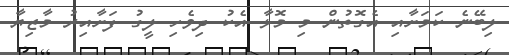
ލިބޭނެ ކަމަށާއި އެގޮތުން މި މޮޅާ އެކު ދިވެހި ލީގު ފަށާއިރު މާޒިޔާ